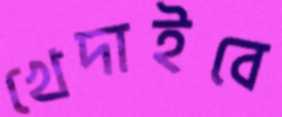
খেদাইবে